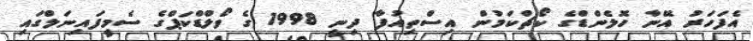
އެފަހަރު އޭނާ ހޮލެންޑްގެ ކޯޗްކަމުން އިސްތިއުފާ ދިނީ 1998 ގެ ވޯލްޑްކަޕްގެ ސެމީފައިނަލްގައި